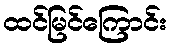
ထင်မြင်ကြောင်း